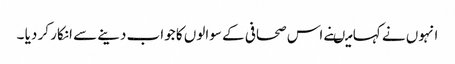
انہوں نے کہا میںنے اس صحافی کے سوالوں کا جواب دینے سے انکار کر دیا ۔